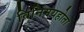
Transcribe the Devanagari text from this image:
विनिमयहोता